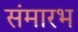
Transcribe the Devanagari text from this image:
संमारभ